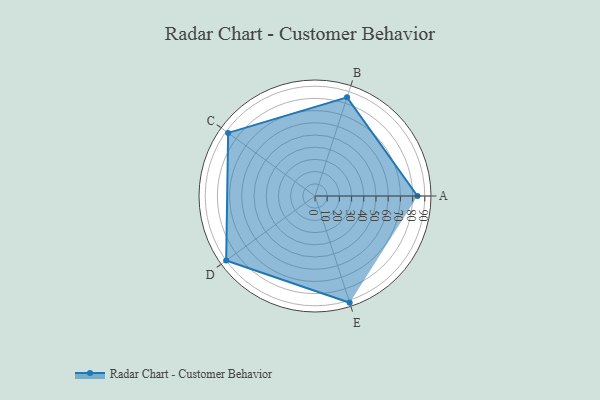
{"axis": {"x": "Skill", "y": "Score"}, "legend": ["Profile"], "data": [{"x": "A", "y": 84.0, "type": "Profile"}, {"x": "B", "y": 85.0, "type": "Profile"}, {"x": "C", "y": 88.0, "type": "Profile"}, {"x": "D", "y": 90.0, "type": "Profile"}, {"x": "E", "y": 92.0, "type": "Profile"}]}